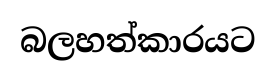
බලහත්කාරයට